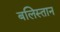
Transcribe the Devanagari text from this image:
बलिस्तान